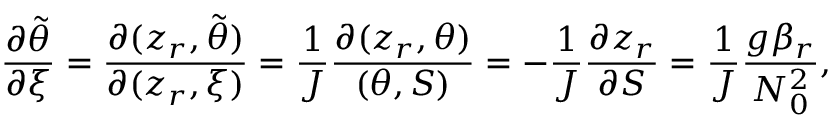
\frac { \partial \tilde { \theta } } { \partial \xi } = \frac { \partial ( z _ { r } , \tilde { \theta } ) } { \partial ( z _ { r } , \xi ) } = \frac { 1 } { J } \frac { \partial ( z _ { r } , \theta ) } { ( \theta , S ) } = - \frac { 1 } { J } \frac { \partial z _ { r } } { \partial S } = \frac { 1 } { J } \frac { g \beta _ { r } } { N _ { 0 } ^ { 2 } } ,